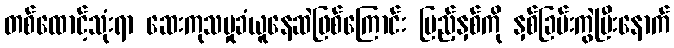
တစ်ထောင့်သုံးရာ ဆေးကုသမှုခံယူနေဆဲဖြစ်ကြောင်း ပြည့်နှစ်ကို နှစ်ခြမ်းကွဲပြီးနောက်